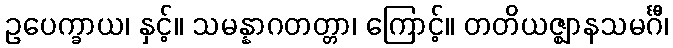
ဥပေက္ခာယ၊ နှင့်။ သမန္နာဂတတ္တာ၊ ကြောင့်။ တတိယဇ္ဈာနသမင်္ဂီ၊